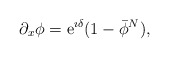
\begin{align*}\partial_x\phi = {\mathrm e}^{\imath \delta} (1-\bar{\phi}^N),\end{align*}